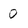
Character: 0